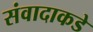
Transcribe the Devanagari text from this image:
संवादाकडे